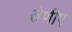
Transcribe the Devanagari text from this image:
तेणीए